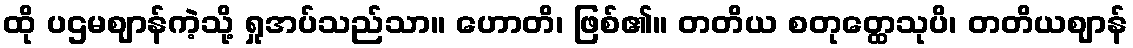
ထို ပဌမဈာန်ကဲ့သို့ ရှုအပ်သည်သာ။ ဟောတိ၊ ဖြစ်၏။ တတိယ စတုတ္ထေသုပိ၊ တတိယဈာန်